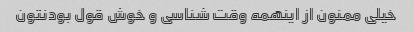
خیلی ممنون از اینهمه وقت شناسی و خوش قول بودنتون